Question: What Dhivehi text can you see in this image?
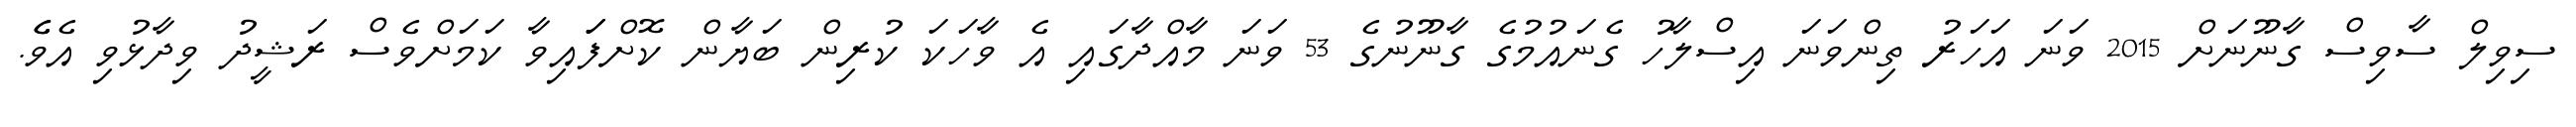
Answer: ސިވިލް ސާވިސް ގާނޫނަށް 2015 ވަނަ އަހަރު ތިންވަނަ އިސްލާހު ގެނައުމުގެ ގާނޫނުގެ 53 ވަނަ މާއްދާގައި އެ ވާހަކަ ކުރިން ބަޔާން ކޮށްފަައިވާ ކަމަށްވެސް ރަޝީދު ވިދާޅުވި އެވެެ.